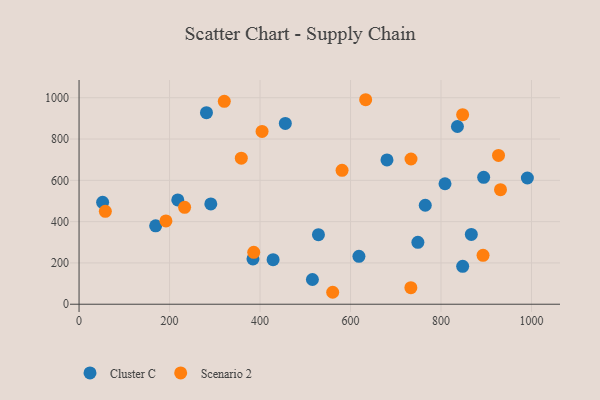
{"axis": {"x": "Investment", "y": "Sales"}, "legend": ["Cluster C", "Scenario 2"], "data": [{"x": "428.9", "y": 215.7, "type": "Cluster C"}, {"x": "384.4", "y": 219.5, "type": "Cluster C"}, {"x": "894.3", "y": 614.3, "type": "Cluster C"}, {"x": "765.2", "y": 479.2, "type": "Cluster C"}, {"x": "836.3", "y": 860.7, "type": "Cluster C"}, {"x": "990.9", "y": 611.3, "type": "Cluster C"}, {"x": "808.8", "y": 583.5, "type": "Cluster C"}, {"x": "529.1", "y": 336.7, "type": "Cluster C"}, {"x": "847.9", "y": 183.8, "type": "Cluster C"}, {"x": "680.6", "y": 699.0, "type": "Cluster C"}, {"x": "291.2", "y": 485.5, "type": "Cluster C"}, {"x": "52.1", "y": 493.3, "type": "Cluster C"}, {"x": "867.0", "y": 338.1, "type": "Cluster C"}, {"x": "748.9", "y": 299.7, "type": "Cluster C"}, {"x": "218.2", "y": 504.9, "type": "Cluster C"}, {"x": "515.8", "y": 119.8, "type": "Cluster C"}, {"x": "618.6", "y": 232.2, "type": "Cluster C"}, {"x": "455.9", "y": 875.5, "type": "Cluster C"}, {"x": "169.3", "y": 379.7, "type": "Cluster C"}, {"x": "281.6", "y": 927.5, "type": "Cluster C"}, {"x": "560.6", "y": 57.9, "type": "Scenario 2"}, {"x": "404.5", "y": 836.9, "type": "Scenario 2"}, {"x": "581.3", "y": 648.3, "type": "Scenario 2"}, {"x": "733.7", "y": 703.3, "type": "Scenario 2"}, {"x": "358.6", "y": 707.1, "type": "Scenario 2"}, {"x": "386.1", "y": 251.3, "type": "Scenario 2"}, {"x": "927.1", "y": 720.6, "type": "Scenario 2"}, {"x": "733.4", "y": 80.0, "type": "Scenario 2"}, {"x": "633.5", "y": 990.3, "type": "Scenario 2"}, {"x": "233.3", "y": 469.2, "type": "Scenario 2"}, {"x": "321.0", "y": 982.5, "type": "Scenario 2"}, {"x": "931.5", "y": 554.7, "type": "Scenario 2"}, {"x": "847.8", "y": 917.9, "type": "Scenario 2"}, {"x": "892.9", "y": 236.7, "type": "Scenario 2"}, {"x": "58.1", "y": 449.9, "type": "Scenario 2"}, {"x": "192.0", "y": 403.5, "type": "Scenario 2"}]}